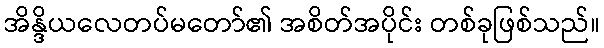
အိန္ဒိယလေတပ်မတော်၏ အစိတ်အပိုင်း တစ်ခုဖြစ်သည်။